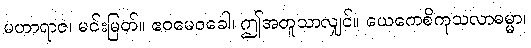
မဟာရာဇ၊ မင်းမြတ်။ ဧဝမေဝခေါ၊ ဤအတူသာလျှင်။ ယေကေစိကုသလာဓမ္မာ၊